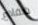
ضفادع